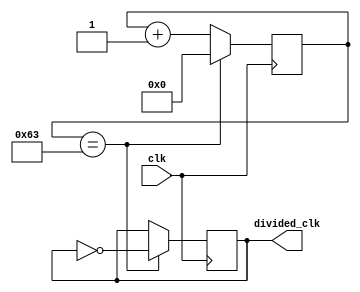
module DivisorDeFrequencia (
  input wire clk,
  output wire divided_clk
);

  reg [31:0] count;
  reg toggle;
  
  parameter DIV_VALUE = 100;

  always @(posedge clk) begin
		if (count == DIV_VALUE - 1) begin
		  count <= 0;
		  toggle <= ~toggle;
		end
		else
		  count <= count + 1;
	
	end

  assign divided_clk = toggle;

endmodule